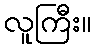
လူကြီး။